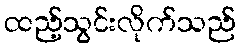
ထည့်သွင်းလိုက်သည်